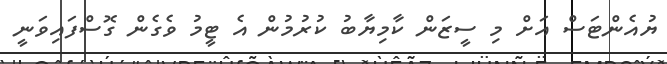
ޔުއެންޓަސް އަށް މި ސީޒަން ކާމިޔާބު ކުރުމުން އެ ޓީމު ވެގެން ގޮސްފައިވަނީ